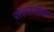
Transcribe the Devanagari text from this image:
पररूपधारिका